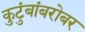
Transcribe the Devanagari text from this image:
कुटुंबांबरोबर